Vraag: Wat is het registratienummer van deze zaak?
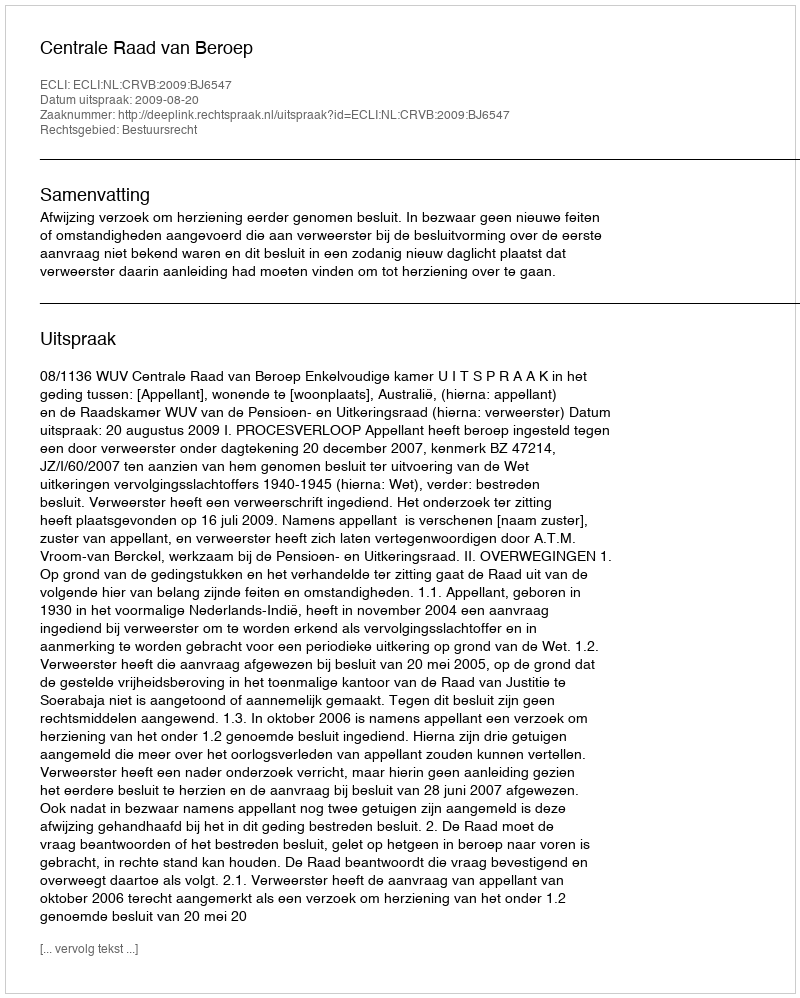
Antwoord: http://deeplink.rechtspraak.nl/uitspraak?id=ECLI:NL:CRVB:2009:BJ6547